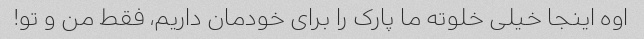
اوه اینجا خیلی خلوته ما پارک را برای خودمان داریم، فقط من و تو!